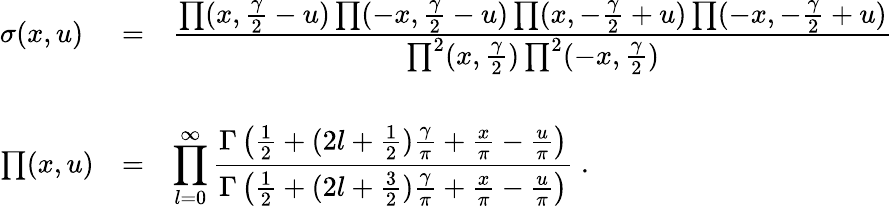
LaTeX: \begin{array}{lcl}{{\sigma(x,u)}}&{{=}}&{{\frac{\textstyle\prod(x,\frac{\gamma}{2}-u)\prod(-x,\frac{\gamma}{2}-u)\prod(x,-\frac{\gamma}{2}+u)\prod(-x,-\frac{\gamma}{2}+u)}{\textstyle\prod^{2}(x,\frac{\gamma}{2})\prod^{2}(-x,\frac{\gamma}{2})}}}\\ {{}}&{{}}&{{}}\\ {{\prod(x,u)}}&{{=}}&{{\displaystyle\prod_{l=0}^{\infty}\frac{\textstyle\Gamma\left(\frac{1}{2}+(2l+\frac{1}{2})\frac{\gamma}{\pi}+\frac{x}{\pi}-\frac{u}{\pi}\right)}{\textstyle\Gamma\left(\frac{1}{2}+(2l+\frac{3}{2})\frac{\gamma}{\pi}+\frac{x}{\pi}-\frac{u}{\pi}\right)}\; .}}\end{array}